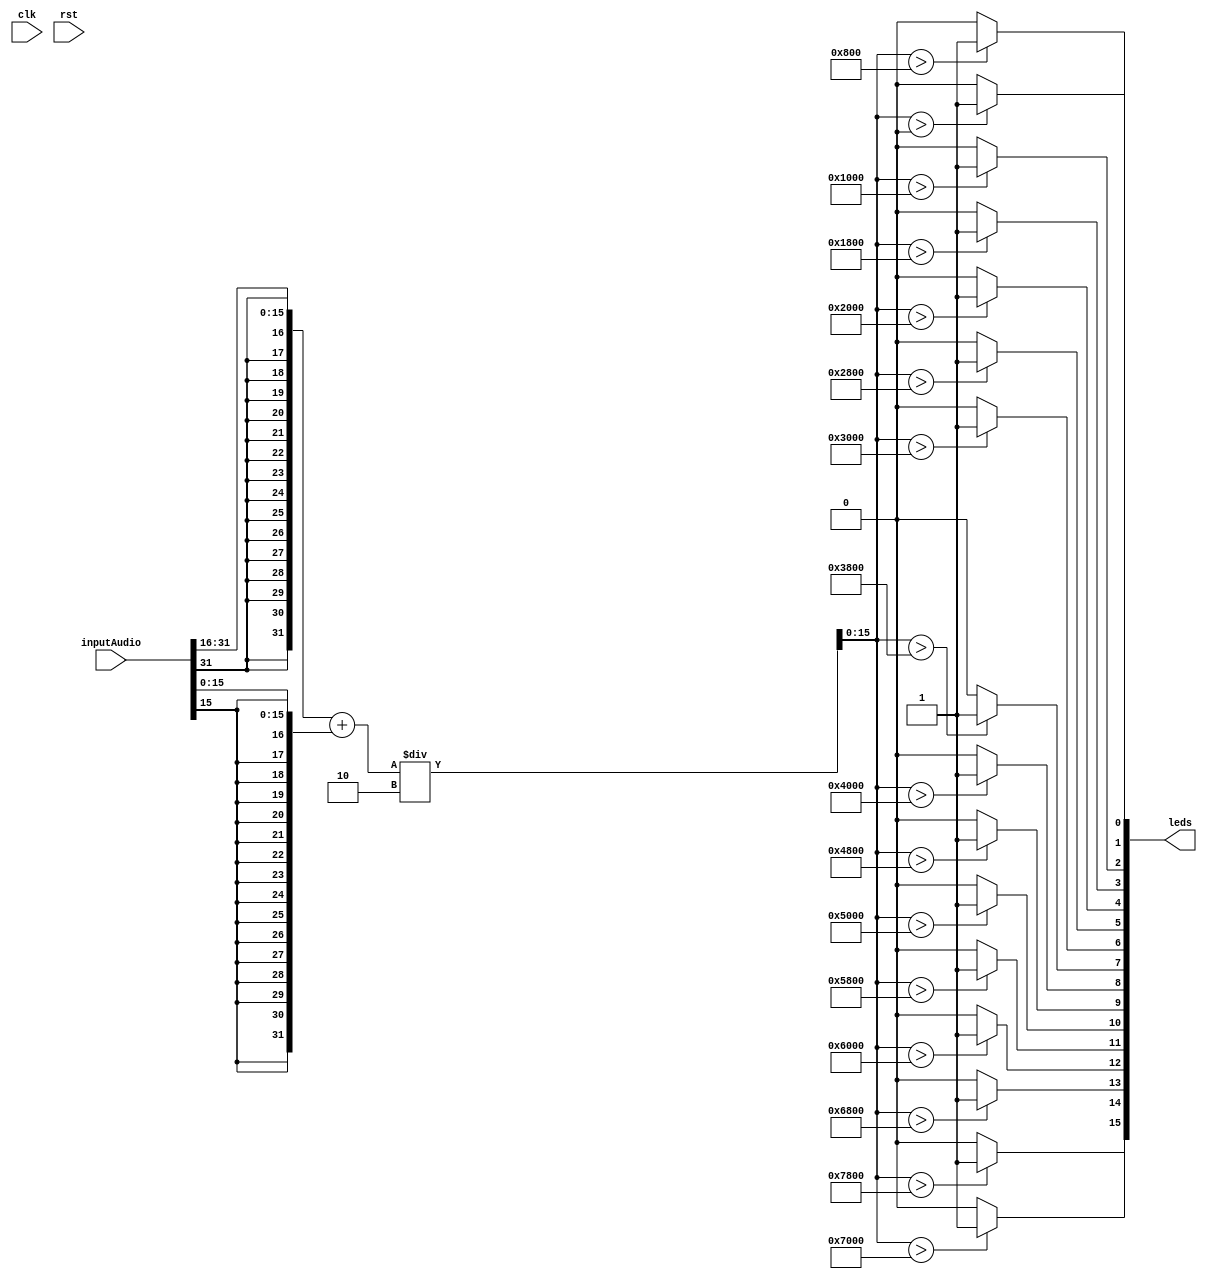
//Created by Austyn Larkin 2016
//All rights reserved

module Visualizer(
input clk,
input rst,

input [31:0]inputAudio,
output reg [15:0]leds);

integer i;

reg signed [15:0]averaged;
reg signed [31:0]left;
reg signed [31:0]right;

always @ (*)
begin
	left = { {16{inputAudio[31]}}, inputAudio[31:16]};
	right = { {16{inputAudio[15]}}, inputAudio[15:0]};

	
	averaged = ((left + right) / 32'd2);
	for(i = 0; i < 16; i = i + 1)
		begin
			leds[i] = ( averaged > (2048*i) ) ? 1'b1 : 1'b0;
		end
end


endmodule